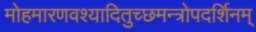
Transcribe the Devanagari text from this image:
मोहमारणवश्यादितुच्छमन्त्रोपदर्शिनम्